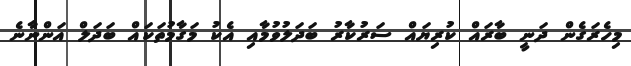
މިހެރަގެން ދަނީ ބާރައް ކުރިޔައް ސަރުކާރު ބަދަލުވުމާއި އެކު މަގާމުތަކައް ބަދަލް އަންނާނެ